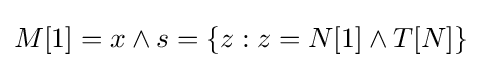
M[1]=x\land s=\{z:z=N[1]\land T[N]\}